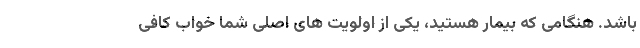
باشد. هنگامی که بیمار هستید، یکی از اولویت های اصلی شما خواب کافی